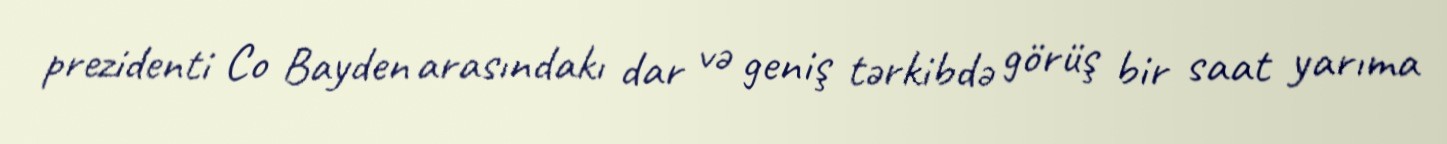
prezidenti Co Bayden arasındakı dar və geniş tərkibdə görüş bir saat yarıma